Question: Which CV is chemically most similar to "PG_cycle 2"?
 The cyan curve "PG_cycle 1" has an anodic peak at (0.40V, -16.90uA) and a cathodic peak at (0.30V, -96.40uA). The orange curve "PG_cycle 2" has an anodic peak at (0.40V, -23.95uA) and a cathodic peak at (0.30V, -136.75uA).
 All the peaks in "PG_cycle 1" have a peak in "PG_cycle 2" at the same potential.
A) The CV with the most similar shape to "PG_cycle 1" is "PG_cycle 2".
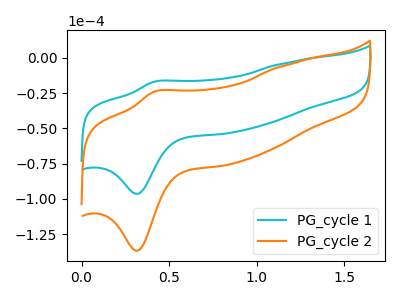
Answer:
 <answer>A) The CV with the most similar shape to "PG_cycle 1" is "PG_cycle 2".</answer>
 <eval>A</eval>